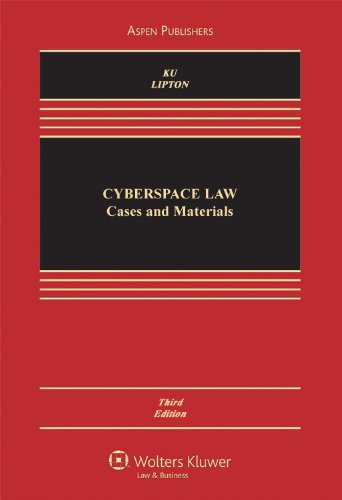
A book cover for Cyberspace Law: Cases & Materials, Third Edition; Raymond S. R. Ku; Computers & Technology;